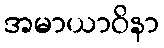
အမာယာဝိနာ